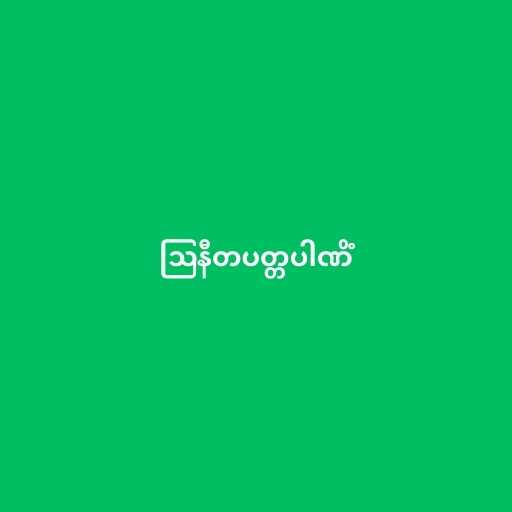
ဩနီတပတ္တပါဏိံ